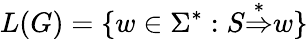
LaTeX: L(G)=\{ w\in\Sigma^{*}:S{\stackrel{*}{\Rightarrow}}w\}